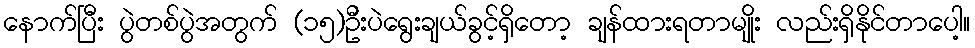
နောက်ပြီး ပွဲတစ်ပွဲအတွက် (၁၅)ဦးပဲရွေးချယ်ခွင့်ရှိတော့ ချန်ထားရတာမျိုး လည်းရှိနိုင်တာပေါ့။